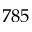
7 8 5